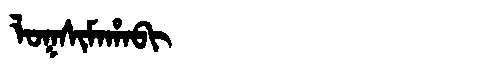
Manchu: ᠯᠣᡴᠰᡳᠮᠠᡥᠠᠪᡳ
Romanization: LOKSIMAHABI